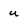
Character: u